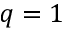
q = 1